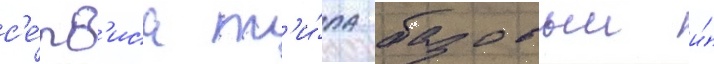
с'е́рв'иса т'и́па базовыи и́